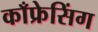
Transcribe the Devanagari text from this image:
काँफ्रेसिंग